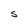
Character: S